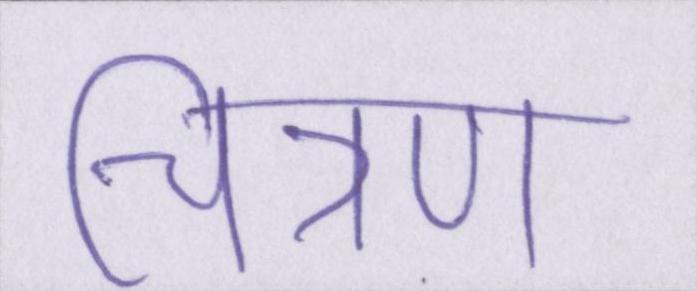
चित्रण